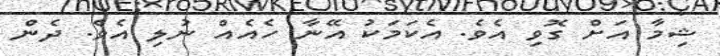
ޝިމާ އަށް ގޮވި އެވެ. އެކަމަކު އޭނާ ހެއެއް ނުލި އެވެ. ދެން